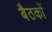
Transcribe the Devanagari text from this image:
बैठकाें